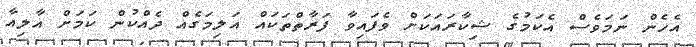
އެހެން ނަމަވެސް އެކަމުގެ ޝިކާރައަކަށް ވެފައިވާ ފަރާތްތަކައް އަލިމަގެއް ދެއްކުން ކަމަށް އާލިއާ